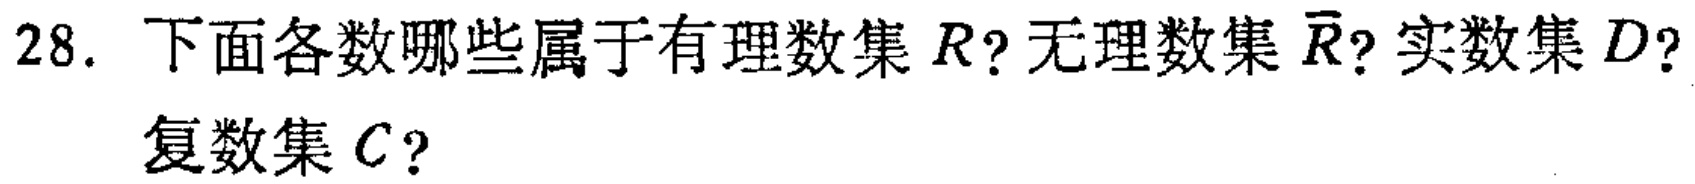
28. 下面各数哪些属于有理数集\(R\)? 无理数集\(\overline{R}\)? 实数集\(D\)? 复数集\(C\)?